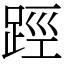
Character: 踁